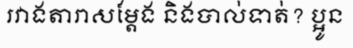
រវាងតារាសម្តែង និងបាល់ទាត់? ប្អូន